Indian journal of veterinary science and animal husbandry - Volume 3,
Year: 1933
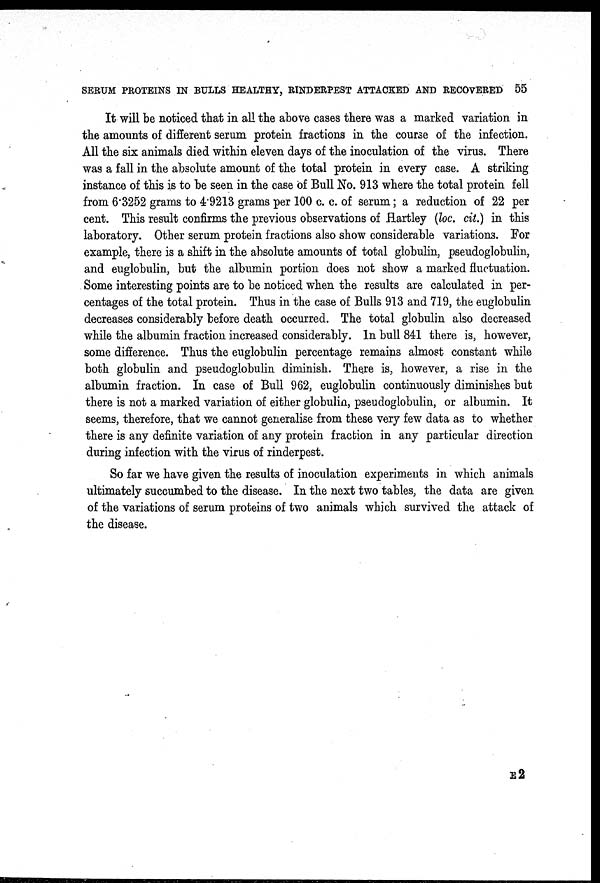
SERUM PROTEINS IN BULLS HEALTHY, RINDERPEST ATTACKED AND RECOVERED 55
It will be noticed that in all the above cases there was a marked variation in
the amounts of different serum protein fractions in the course of the infection.
All the six animals died within eleven days of the inoculation of the virus. There
was a fall in the absolute amount of the total protein in every case. A striking
instance of this is to be seen in the case of Bull No. 913 where the total protein fell
from 6.3252 grams to 4.9213 grams per 100 c. c. of serum; a reduction of 22 per
cent. This result confirms the previous observations of Hartley (loc. cit.) in this
laboratory. Other serum protein fractions also show considerable variations. For
example, there is a shift in the absolute amounts of total globulin, pseudoglobulin,
and euglobulin, but the albumin portion does not show a marked fluctuation.
Some interesting points are to be noticed when the results are calculated in per-
centages of the total protein. Thus in the case of Bulls 913 and 719, the euglobulin
decreases considerably before death occurred. The total globulin also decreased
while the albumin fraction increased considerably. In bull 841 there is, however,
some difference. Thus the euglobulin percentage remains almost constant while
both globulin and pseudoglobulin diminish. There is, however, a rise in the
albumin fraction. In case of Bull 962, euglobulin continuously diminishes but
there is not a marked variation of either globulin, pseudoglobulin, or albumin. It
seems, therefore, that we cannot generalise from these very few data as to whether
there is any definite variation of any protein fraction in any particular direction
during infection with the virus of rinderpest.
So far we have given the results of inoculation experiments in which animals
ultimately succumbed to the disease. In the next two tables, the data are given
of the variations of serum proteins of two animals which survived the attack of
the disease.
E2